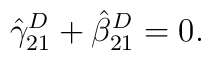
\hat\gamma_{21}^D + \hat\beta_{21}^D = 0.